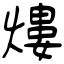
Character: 熡